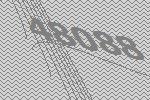
48088